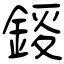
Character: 錽